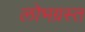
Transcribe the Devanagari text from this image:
लोभग्रस्त